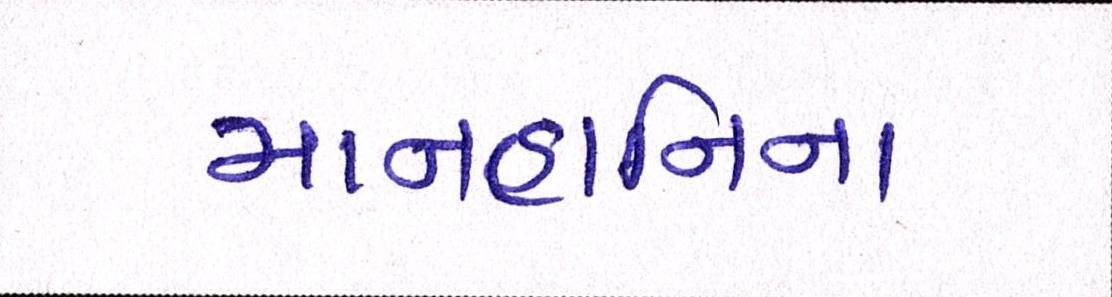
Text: માનહાનિના